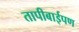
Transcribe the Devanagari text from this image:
तापीबाईपण